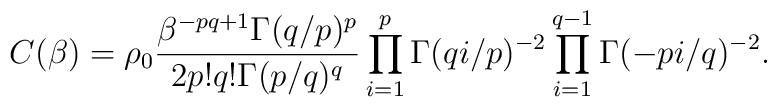
C(\beta)=\rho_0 \frac{\beta^{-pq+1} \Gamma(q/p)^p}{2p!q! \Gamma(p/q)^q}\prod_{i=1}^p \Gamma(qi/p)^{-2} \prod_{i=1}^{q-1} \Gamma(-pi/q)^{-2} .